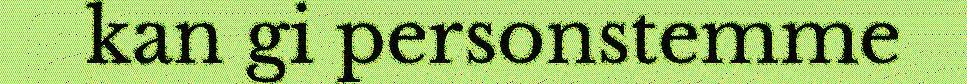
kan gi personstemme